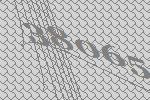
38065